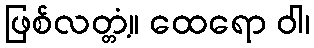
ဖြစ်လတ္တံ့။ ထေရော ဝါ၊